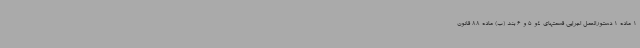
1 ماده 1 دستورالعمل اجرایی قسمتهای 4و 5 و 6 بند (ب) ماده 88 قانون